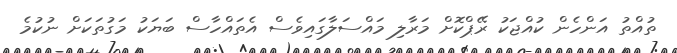
ތުއްތު އަންހެން ކުއްޖަކު ރޭޕްކޮށް މަރާލި މައްސަލާގައިވެސް އެތައްހާސް ބަޔަކު މަގުތަކަށް ނުކުމެ